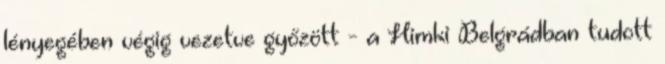
lényegében végig vezetve győzött - a Himki Belgrádban tudott